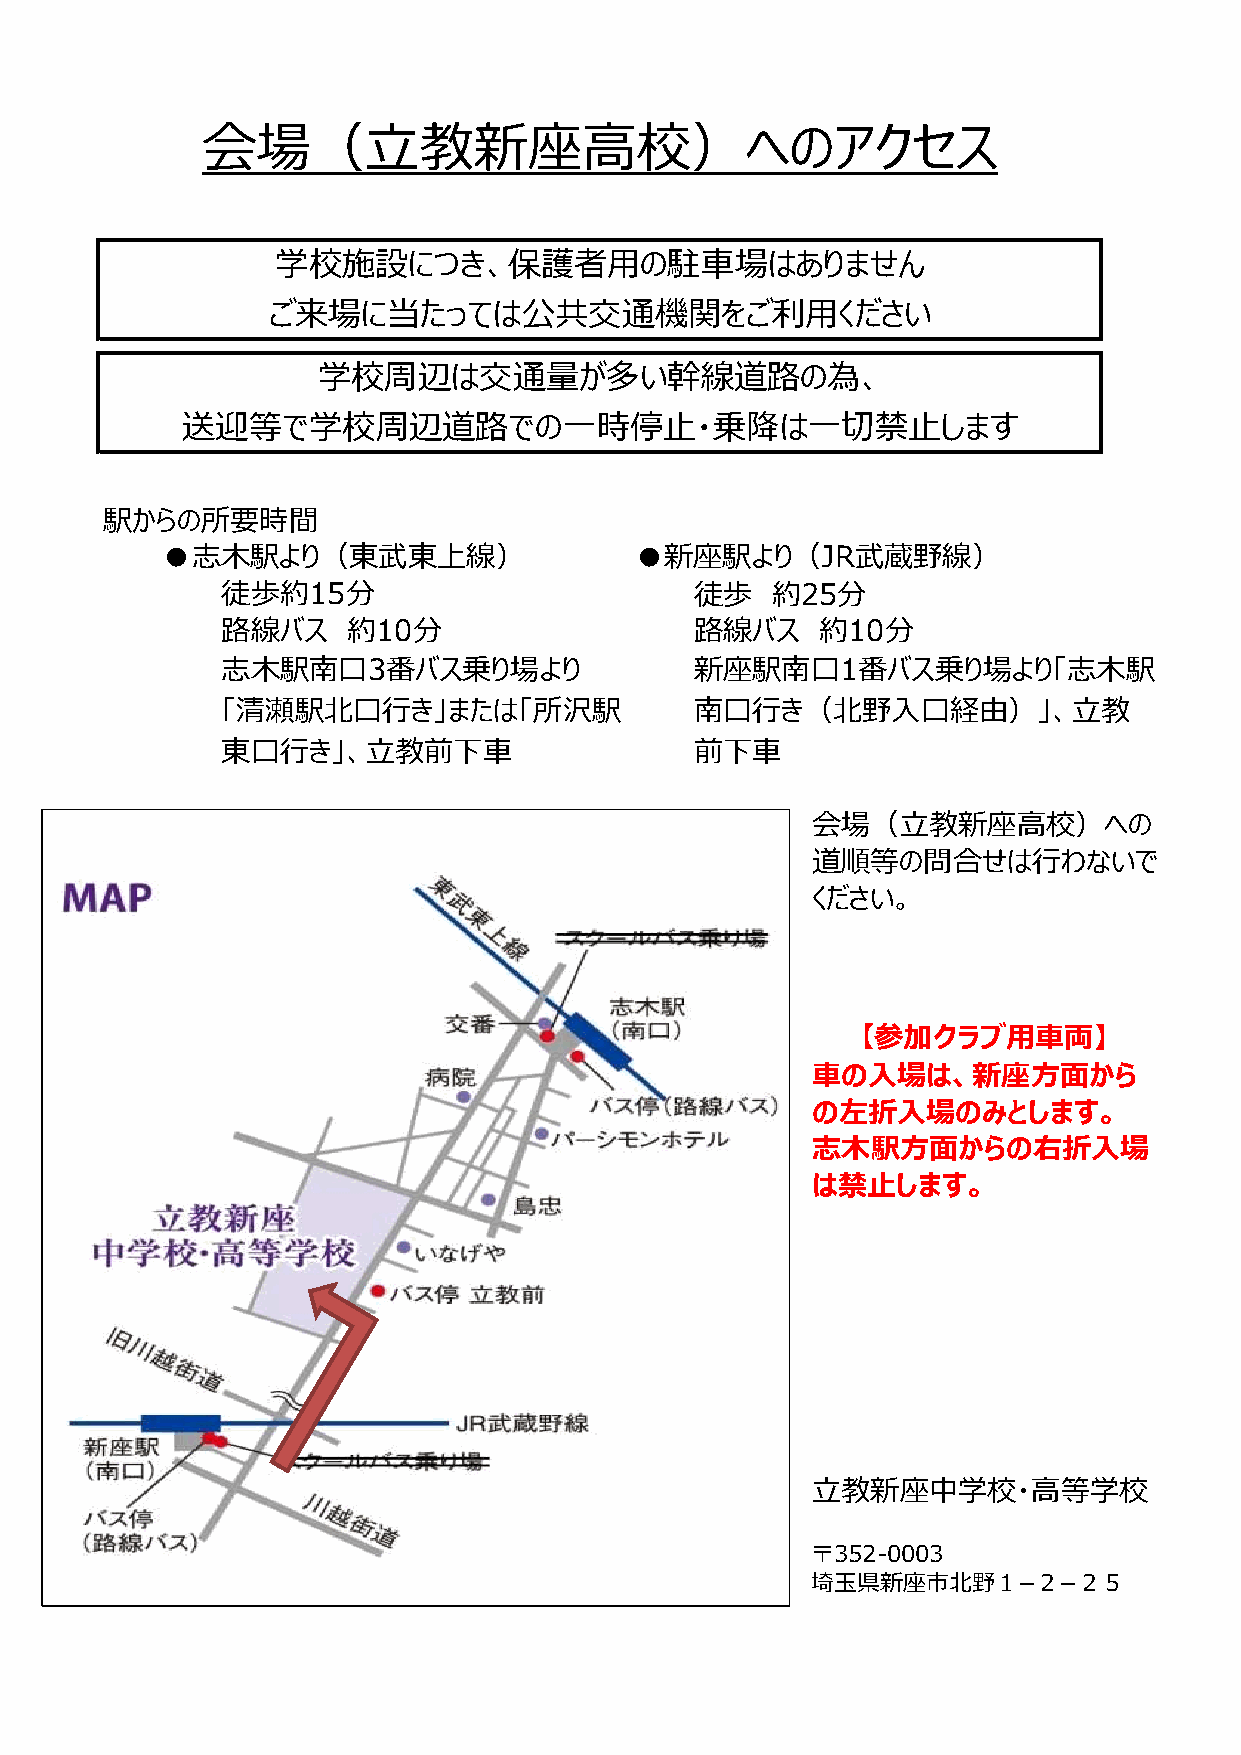
会場（立教新座高校）へのアクセス
 学校施設につき、保護者用の駐車場はありません
 ご来場に当たっては公共交通機関をご利用ください
 学校周辺は交通量が多い幹線道路の為、
 送迎等で学校周辺道路での一時停止・乗降は一切禁止します
 駅からの所要時間
 ●志木駅より（東武東上線）                  ●新座駅より（JR武蔵野線）
 徒歩約15分                         徒歩   約25分
 路線バス    約10分                   路線バス    約10分
 志木駅南口3番バス乗り場より                 新座駅南口1番バス乗り場より「志木駅
 「清瀬駅北口行き」または「所沢駅               南口行き（北野入口経由）」、立教
 東口行き」、立教前下車                    前下車
 会場（立教新座高校）への
 道順等の問合せは行わないで
 ください。
 【参加クラブ用車両】
 車の入場は、新座方面から
 の左折入場のみとします。
 志木駅方面からの右折入場
 は禁止します。
 立教新座中学校・高等学校
 〒352-0003
 埼玉県新座市北野１­２­２５